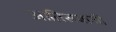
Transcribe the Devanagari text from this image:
आतिसबाजी